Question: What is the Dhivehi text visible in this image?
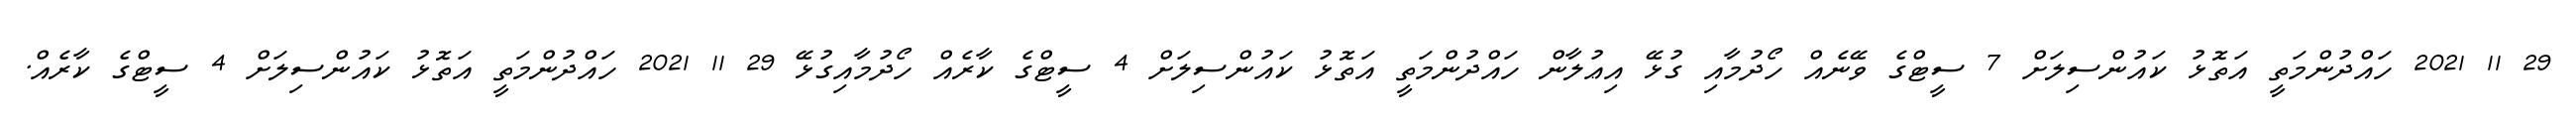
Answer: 29 11 2021 ހައްދުންމަތީ އަތޮޅު ކައުންސިލަށް 7 ސީޓްގެ ވޭނެއް ހޯދުމާއި ގުޅޭ އިޢުލާން ހައްދުންމަތީ އަތޮޅު ކައުންސިލަށް 4 ސީޓްގެ ކާރެއް ހޯދުމާއިގުޅޭ 29 11 2021 ހައްދުންމަތީ އަތޮޅު ކައުންސިލަށް 4 ސީޓްގެ ކާރެއް.